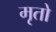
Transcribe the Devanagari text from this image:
मृतो